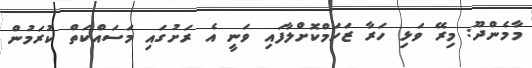
މާމެންދޫ: މިރޭ ވަޅި ހަރާ ޒަހަމްކޮށްލާފައި ވަނީ އެ ރަށުގައި މަސައްކަތް ކުރަމުން